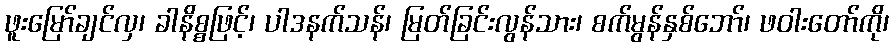
ဖူးမြော်ချင်လှ၊ ခါနိစ္စဖြင့်၊ ပါဒနက်သန်၊ မြတ်ခြင်းလွန်သား၊ စက်မွန်နှစ်ဘော်၊ ဖဝါးတော်ကို၊